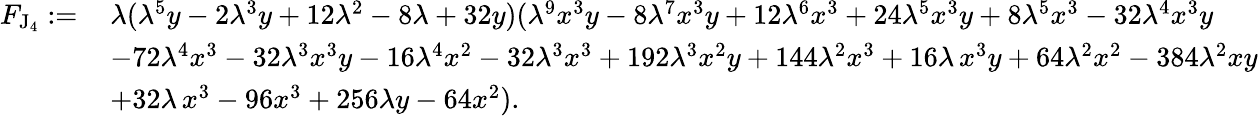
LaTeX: \begin{array}{rl}{F_{\mathrm{J}_{4}}:=\, }&{\lambda(\lambda^{5}y-2\lambda^{3}y+12\lambda^{2}-8\lambda+32y)(\lambda^{9}x^{3}y-8\lambda^{7}x^{3}y+12\lambda^{6}x^{3}+24\lambda^{5}x^{3}y+8\lambda^{5}x^{3}-32\lambda^{4}x^{3}y}\\ &{-72\lambda^{4}x^{3}-32\lambda^{3}x^{3}y-16\lambda^{4}x^{2}-32\lambda^{3}x^{3}+192\lambda^{3}x^{2}y+144\lambda^{2}x^{3}+16\lambda\, x^{3}y+64\lambda^{2}x^{2}-384\lambda^{2}xy}\\ &{+32\lambda\, x^{3}-96x^{3}+256\lambda y-64x^{2}).}\end{array}